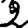
Digit: 2